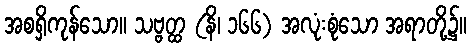
အစရှိကုန်သော။ သဗ္ဗတ္ထ (နိ၊ ၁၆၆) အလုံးစုံသော အရာတို့၌။